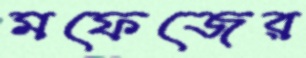
মফেজের